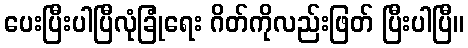
ပေးပြီးပါပြီလုံခြုံရေး ဂိတ်ကိုလည်းဖြတ် ပြီးပါပြီ။